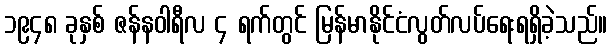
၁၉၄၈ ခုနှစ် ဇန်နဝါရီလ ၄ ရက်တွင် မြန်မာနိုင်ငံလွတ်လပ်ရေးရရှိခဲ့သည်။